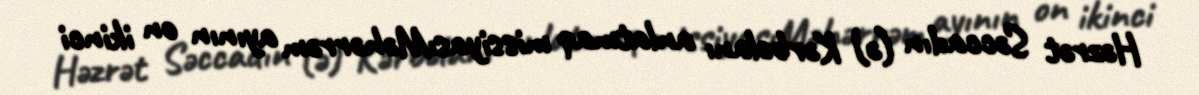
Həzrət Səccadın (ə) Kərbəlanı anlatmaq missiyasıMəhərrəm ayının on ikinci